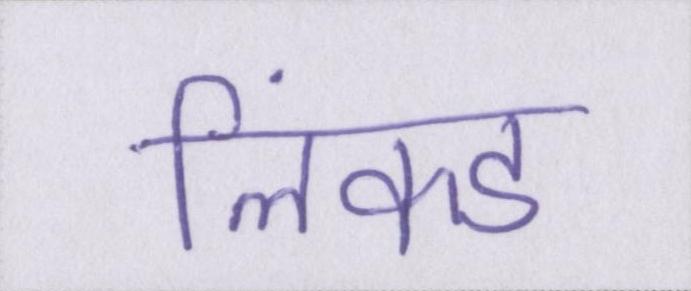
लिंक्ड